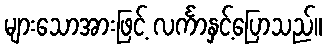
များသောအားဖြင့် လင်္ကာနှင့်ပြောသည်။